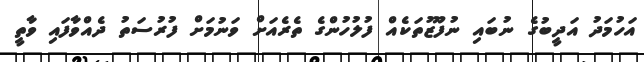
އަހުމަދު އަދީބުގެ ނުބައި ނުފޫޒުތަކެއް ފުލުހުންގެ ތެރެއަށް ވަނުމަށް ފުރުސަތު ދެއްވާފައި ވާތީ